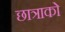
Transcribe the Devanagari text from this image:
छात्राको